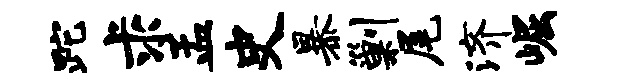
跎求孟史暴剿尾济崛